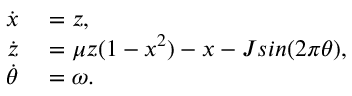
\begin{array} { r l } { \dot { x } } & { { } = z , } \\ { \dot { z } } & { { } = \mu z ( 1 - x ^ { 2 } ) - x - J s i n ( 2 \pi \theta ) , } \\ { \dot { \theta } } & { { } = \omega . } \end{array}